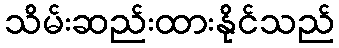
သိမ်းဆည်းထားနိုင်သည်